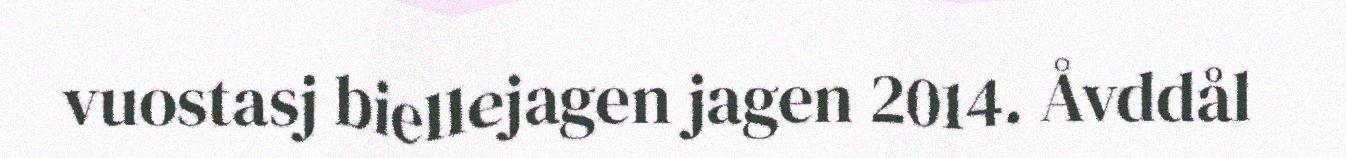
vuostasj biellejagen jagen 2014. Åvddål